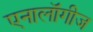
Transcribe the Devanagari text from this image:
एनालॉगीज